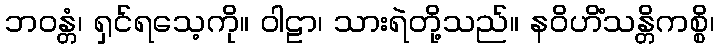
ဘဝန္တံ၊ ရှင်ရသေ့ကို။ ဝါဠာ၊ သားရဲတို့သည်။ နဝိဟိံသန္တိကစ္စိ၊